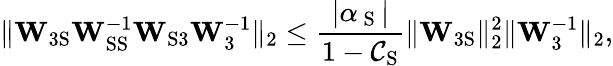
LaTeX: \lVert\mathbf{W}_{\mathrm{3S}}\mathbf{W}_{\mathrm{SS}}^{-1}\mathbf{W}_{\mathrm{S3}}\mathbf{W}_{3}^{-1}\rVert_{2}\leq\frac{|\alpha_{\mathrm{~S~}}|}{1-\mathcal{C}_{\mathrm{S}}}\lVert\mathbf{W}_{\mathrm{3S}}\rVert_{2}^{2}\lVert\mathbf{W}_{3}^{-1}\rVert_{2},